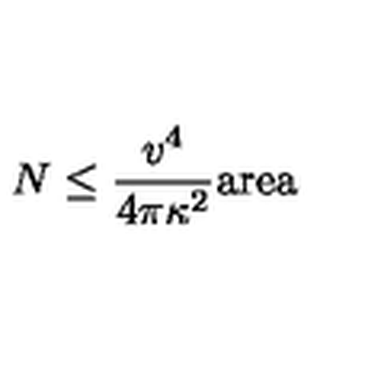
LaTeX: N \leq { \frac { v ^ { 4 } } { 4 \pi \kappa ^ { 2 } } } \mathrm { a r e a }